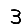
Digit: 3